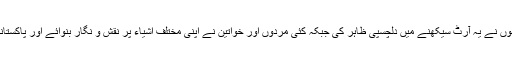
بہت سے جرمن نوجوانوں نے یہ آرٹ سیکھنے میں دلچسپی ظاہر کی جبکہ کئی مردوں اور خواتین نے اپنی مختلف اشیاء پر نقش و نگار بنوائے اور پاکستانی ٹیم کا شکریہ ادا کیا۔